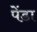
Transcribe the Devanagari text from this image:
पेंडा